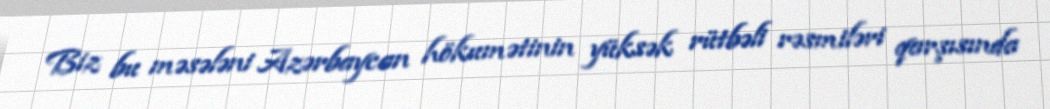
Biz bu məsələni Azərbaycan hökumətinin yüksək rütbəli rəsmiləri qarşısında